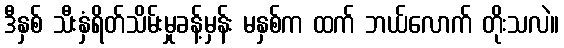
ဒီနှစ် သီးနှံရိတ်သိမ်းမှုခန့်မှန်း မနှစ်က ထက် ဘယ်လောက် တိုးသလဲ။